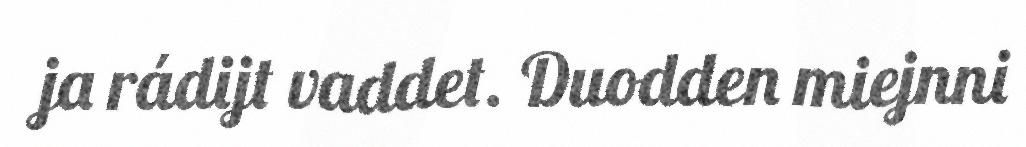
ja rádijt vaddet. Duodden miejnni